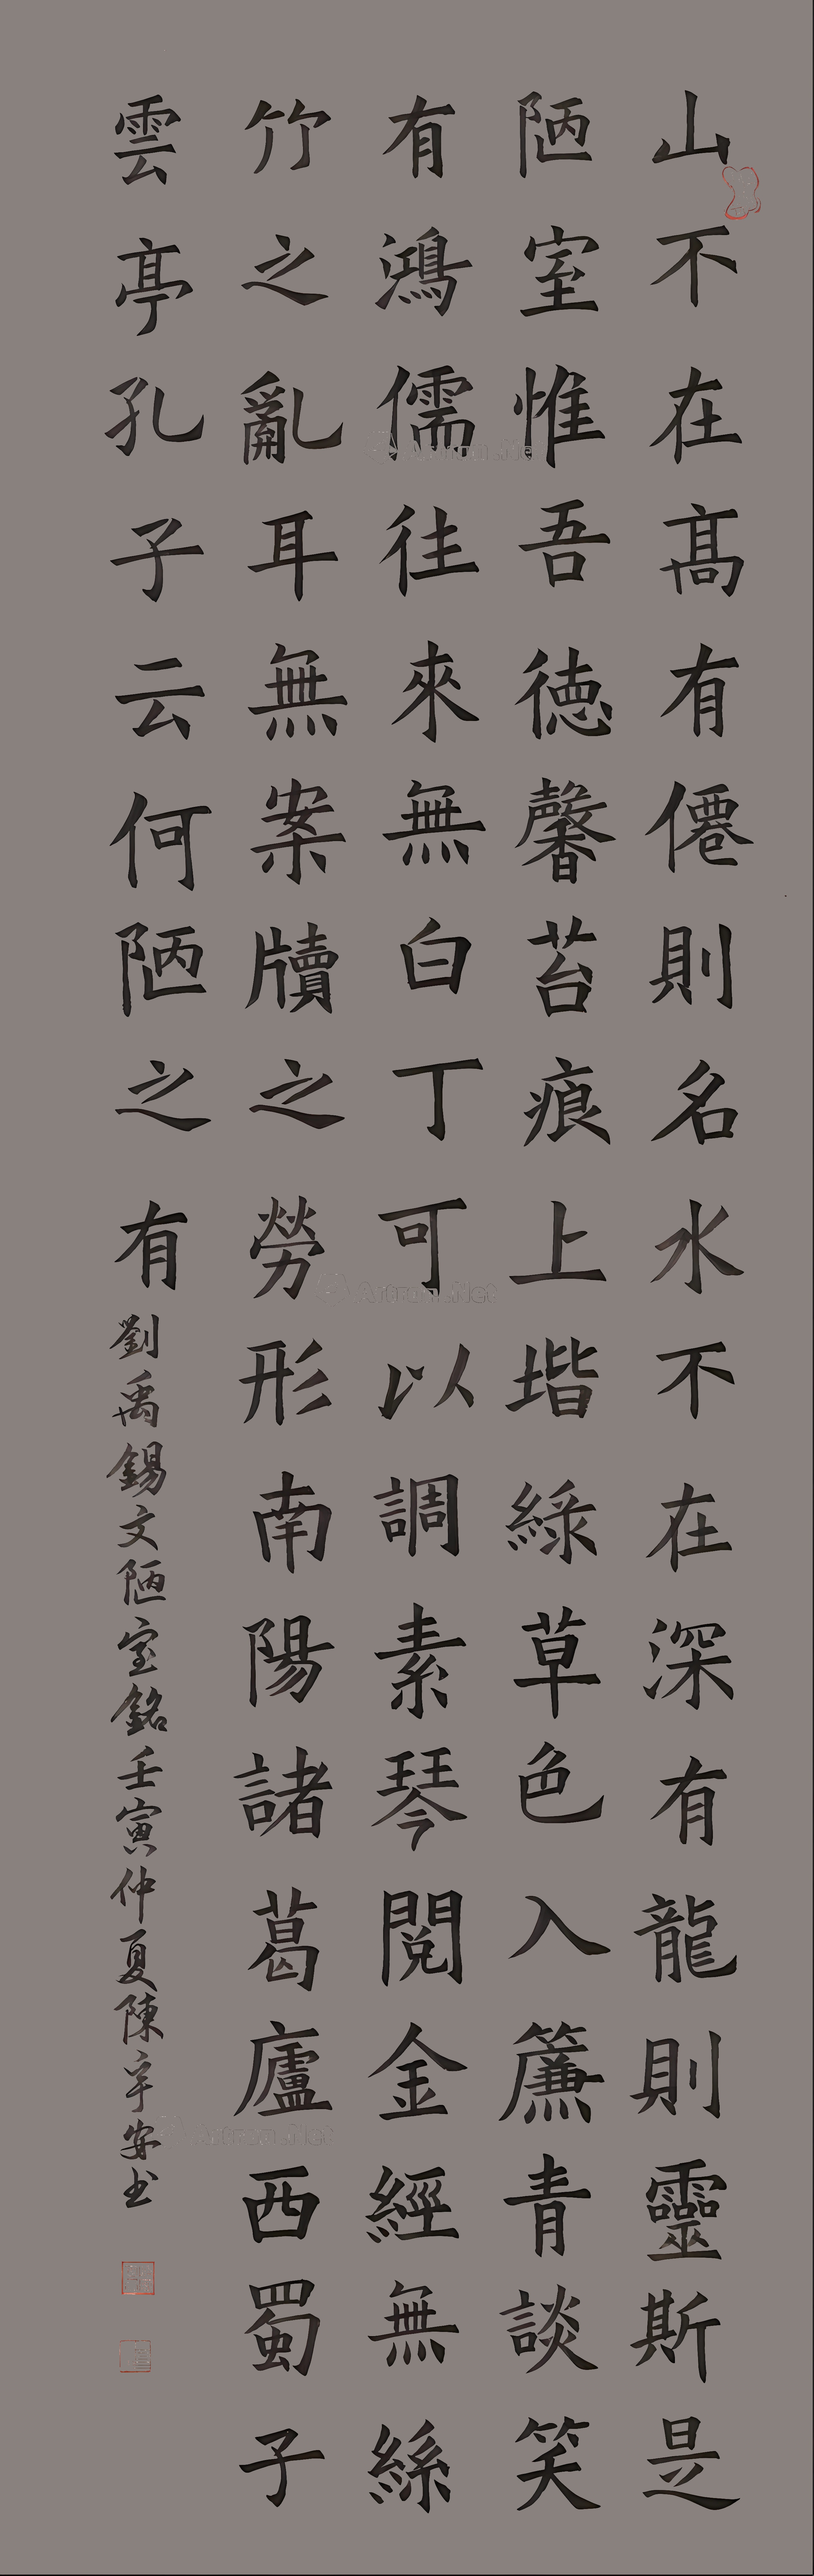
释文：山不在高，有仙则名。水不在深，有龙则灵。斯是陋室，惟吾德馨。苔痕上阶绿，草色入帘青。谈笑有鸿儒，往来无白丁。可以调素琴，阅金经。无丝竹之乱耳，无案牍之劳形。南阳诸葛庐，西蜀子云亭。孔子云：何陋之有？刘禹锡...任寅仲夏陈宇安书。